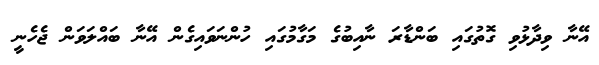
އޭނާ ވިދާޅުވި ގޮތުގައި ބަންޑާރަ ނާއިބުގެ މަގާމުގައި ހުންނަވައިގެން އޭނާ ބައްލަވަން ޖެހެނީ